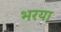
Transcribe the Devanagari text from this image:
भरया